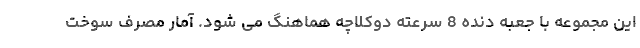
این مجموعه با جعبه دنده 8 سرعته دوکلاچه هماهنگ می شود. آمار مصرف سوخت